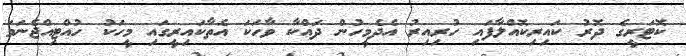
ކޮޓަރީގެ ދޮރު ކައިރިކޮއްލާފައި ހުރިއިރު އެދެމީހުން ދައްކާ ވާހަކަ އެތާކައިރީގައި މީހަކު ހުއްޓިއްޖެނަމަ